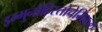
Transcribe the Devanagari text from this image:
इम्मुनोहिस्तोचेमिकल